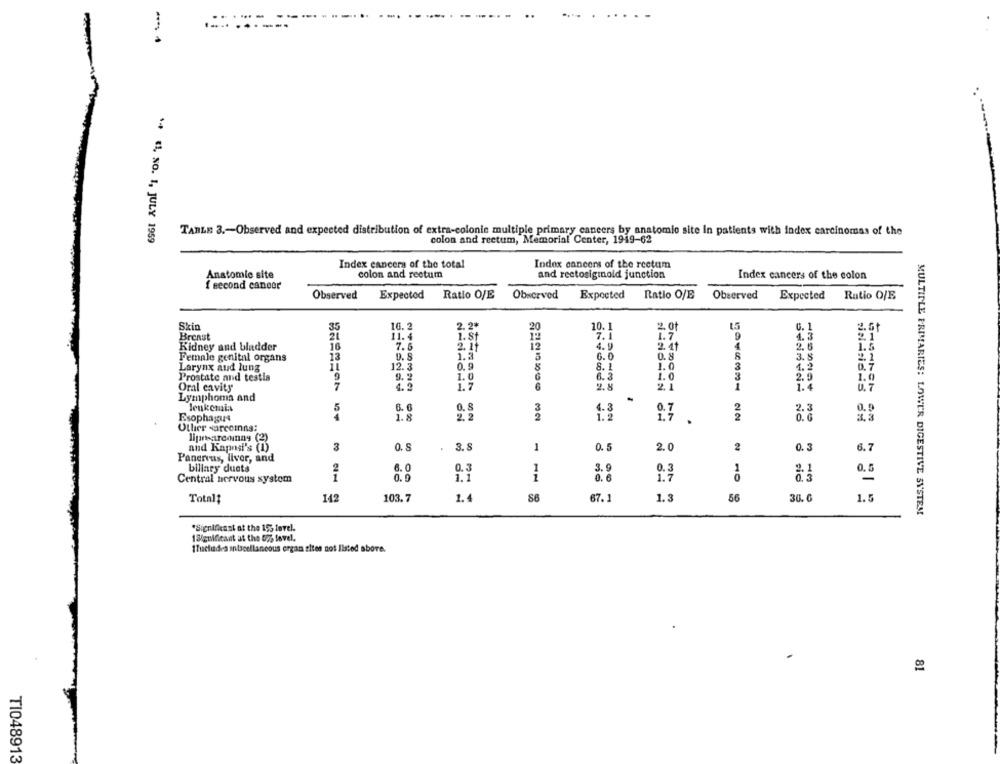
..... ..
TABLE 3 .- Observed and expected distribution of extra-colonie multiple primary cancers by anatomio site in patients with index carcinomas of the
+4 1, No. 1, JULY 1959
colon and rectum, Memorial Center, 1949-62
Index cancers of the total
Index cancers of the reetum
Anatomie site
colon and rectum
and reetosiginold junction
Index cancers of the colon
f second caneor
Observed
Expectod
Ratio O/E
Observed
Expected
Ratio O/E
Observed
Expected
Ratio O/E
Skin
35
16. 2
2.2*
20
10.1
2. 01
0. 1
2.Gt
Breast
20
11.4
1.8t
7.1
1.7
4.3
4.9
Kidney and bladder
16
7.5
2. it
12
2.41
.6
1.5
Female genital organs
13
9. 8
1.3
6.0
0.8
3.
2.1
Larynx aud lung
12.3
0. 9
8.1
1.0
1.2
0.7
Prostate and testis
9
9. 2
1.0
6.3
1.0
2.0
1.0
Oral cavity
4.2
1.7
2.8
21
1.4
U. 7
Lymphoma and
5
0.8
Jenkemis
6.6
0.7
2.3
0.9
Esophagus
1.8
22
0.0
Other varccmna:
linearconny (2)
and Kapasi's (1)
3
0. 5
3.8
1
0.5
2.0
2
0.3
6.7
Panervus, Ilver, and
2
6.0
3.9
0.3
biliary ducts
0.3
2.1
0. 5
Central nervous system
1
0.9
1.1
0. 6
1.7
1.3
1.5
Total$
142
103.7
1.4
67. 1
56
30.6
MULTIPLE PRIMARIES: LOWER DIGESTIVE SYSTEM
*Signifikant at the 155 level.
13/guideant at the 075 level.
1Tactudes intscellancous organ sites not listed above.
81
TI048913